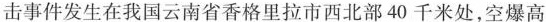
击事件发生在我国云南省香格里拉市西北部40千米处，空爆高